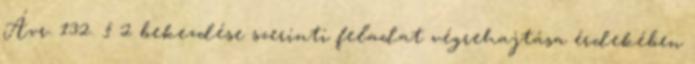
Ávr. 132. § 2 bekezdése szerinti feladat végrehajtása érdekében